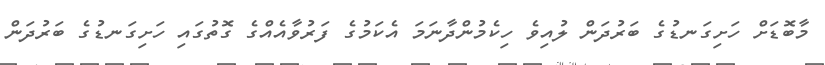
މާބޮޑަށް ހަށިގަނޑުގެ ބަރުދަން ލުއިވެ ހިކެމުންދާނަމަ އެކަމުގެ ފަރުވާއެއްގެ ގޮތުގައި ހަށިގަނޑުގެ ބަރުދަން